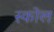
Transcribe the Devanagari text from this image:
स्कोल